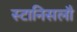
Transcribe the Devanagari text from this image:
स्टानिसलौ